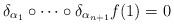
LaTeX: \begin{align*} \delta_{\alpha_{1}}\circ \cdots \circ \delta_{\alpha_{n+1}}f(1)=0\end{align*}